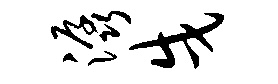
潺戌